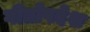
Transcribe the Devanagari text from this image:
गीतोपदेश